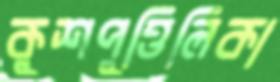
কুশপুত্তিলিকা